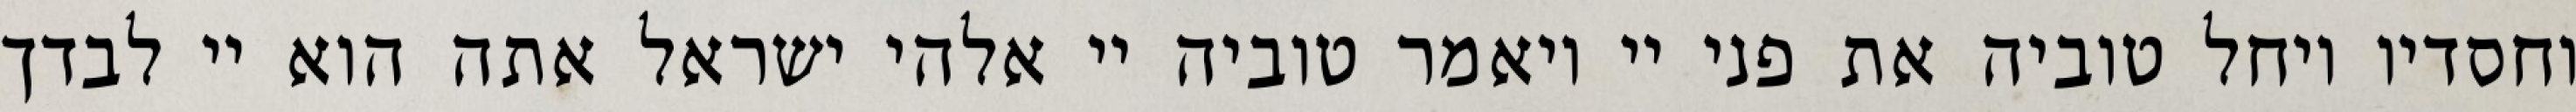
וחסדיו ויחל טוביה את פני יי ויאמר טוביה יי אלהי ישראל אתה הוא יי לבדך